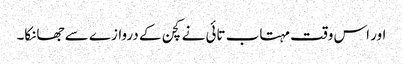
اور اس وقت مہتاب تائی نے کچن کے دروازے سے جھانکا۔